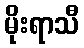
မိုးရာသီ